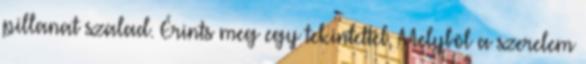
pillanat szalad. Érints meg egy tekintettel, Melybõl a szerelem